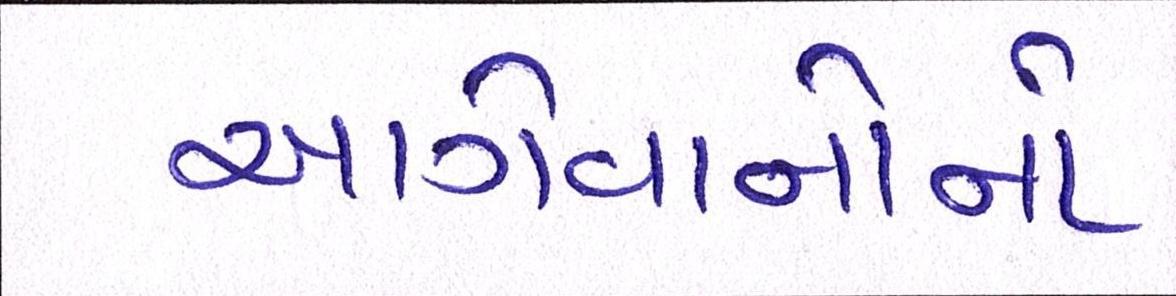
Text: આગેવાનોનો